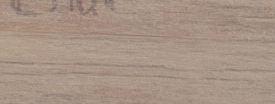
مكتب المحامي خالد العلي ي